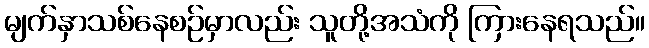
မျက်နှာသစ်နေစဉ်မှာလည်း သူတို့အသံကို ကြားနေရသည်။